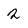
Character: 2